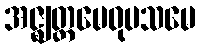
အဇ္ဈတ္တမေဝုပသမေ